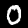
Label: 0